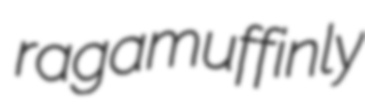
ragamuffinly